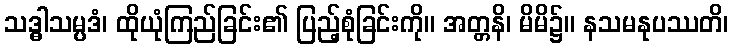
သဒ္ဓါသမ္ပဒံ၊ ထိုယုံကြည်ခြင်း၏ ပြည့်စုံခြင်းကို။ အတ္တနိ၊ မိမိ၌။ နသမနုပဿတိ၊